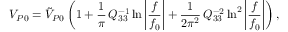
V _ { P 0 } = \tilde { V } _ { P 0 } \left( 1 + \frac { 1 } { \pi } \, Q _ { 3 3 } ^ { - 1 } \ln { \bigg | \frac { f } { f _ { 0 } } \bigg | } + \frac { 1 } { 2 \pi ^ { 2 } } \, Q _ { 3 3 } ^ { - 2 } \ln ^ { 2 } { \bigg | \frac { f } { f _ { 0 } } \bigg | } \right) ,